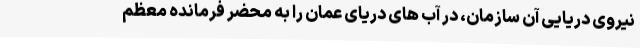
نیروی دریایی آن سازمان، در آب های دریای عمان را به محضر فرمانده معظم